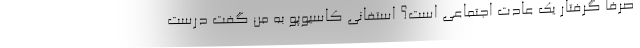
صرفاً گرفتار یک عادت اجتماعی است؟ استفانی کاسیوپو به من گفت درست